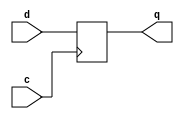

module simple_flop(input c, input d, output reg q);

always @ (posedge c)
  q <= d;

endmodule